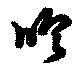
吹